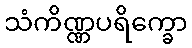
သံကိဏ္ဏပရိက္ခော